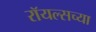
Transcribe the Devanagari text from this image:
रॉयल्सच्या